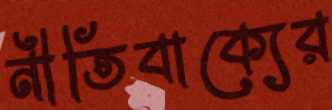
নীতিবাক্যের